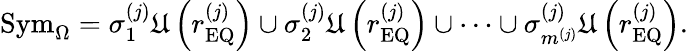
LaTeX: \mathrm{Sym}_{\Omega}=\sigma_{1}^{\left(j\right)}\mathfrak{U}\left(r_{\mathrm{EQ}}^{\left(j\right)}\right)\cup\sigma_{2}^{\left(j\right)}\mathfrak{U}\left(r_{\mathrm{EQ}}^{\left(j\right)}\right)\cup\cdots\cup\sigma_{m^{\left(j\right)}}^{\left(j\right)}\mathfrak{U}\left(r_{\mathrm{EQ}}^{\left(j\right)}\right).